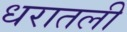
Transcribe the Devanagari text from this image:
धरातली